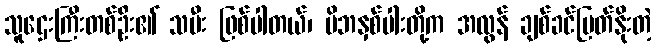
သူဌေးကြီးတစ်ဦး၏ သမီး ဖြစ်ပါတယ်၊ မိဘနှစ်ပါးတို့က အလွန် ချစ်ခင်မြတ်နိုးတဲ့